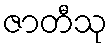
ဇာတီသု